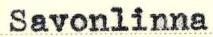
Savonlinna